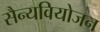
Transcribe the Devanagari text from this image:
सैन्यवियोजन